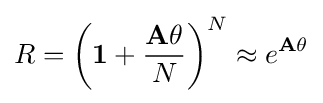
R=\left(\mathbf {1} +{\frac {\mathbf {A} \theta }{N}}\right)^{N}\approx e^{\mathbf {A} \theta }